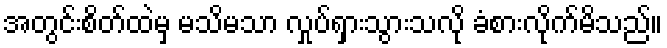
အတွင်းစိတ်ထဲမှ မသိမသာ လှုပ်ရှားသွားသလို ခံစားလိုက်မိသည်။